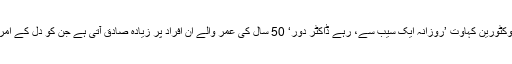
محققوں کا کہنا ہے کہ ’وکٹورین کہاوت ’روزانہ ایک سیب سے، رہے ڈاکٹر دور‘ 50 سال کی عمر والے ان افراد پر زیادہ صادق آتی ہے جن کو دل کے امراض کا زیادہ خطرہ ہے۔